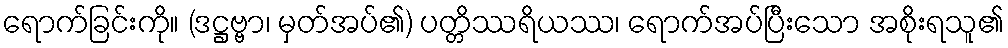
ရောက်ခြင်းကို။ (ဒဋ္ဌဗ္ဗာ၊ မှတ်အပ်၏) ပတ္တိဿရိယဿ၊ ရောက်အပ်ပြီးသော အစိုးရသူ၏